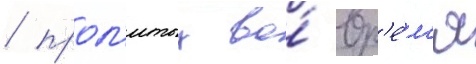
/ прол'итых во́ вр'е́м'я